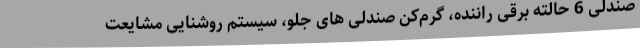
صندلی 6 حالته برقی راننده، گرم‌کن صندلی های جلو، سیستم روشنایی مشایعت